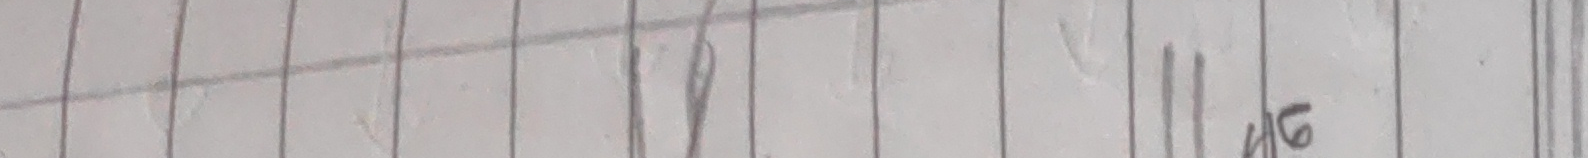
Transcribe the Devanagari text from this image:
४ ७ ११ ५